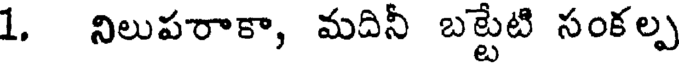
1. నిలుపరాకా, మదినీ బట్టేటి సంకల్ప